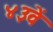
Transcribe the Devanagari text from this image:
४३वें